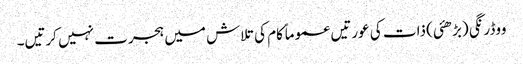
ووڈرنگی (بڑھئی) ذات کی عورتیں عموماً کام کی تلاش میں ہجرت نہیں کرتیں۔